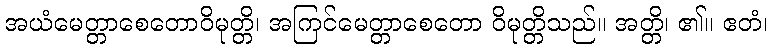
အယံမေတ္တာစေတောဝိမုတ္တိ၊ အကြင်မေတ္တာစေတော ဝိမုတ္တိသည်။ အတ္တိ၊ ၏။ ဧတံ၊